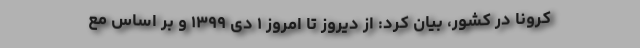
کرونا در کشور، بیان کرد: از دیروز تا امروز ۱ دی ۱۳۹۹ و بر اساس مع